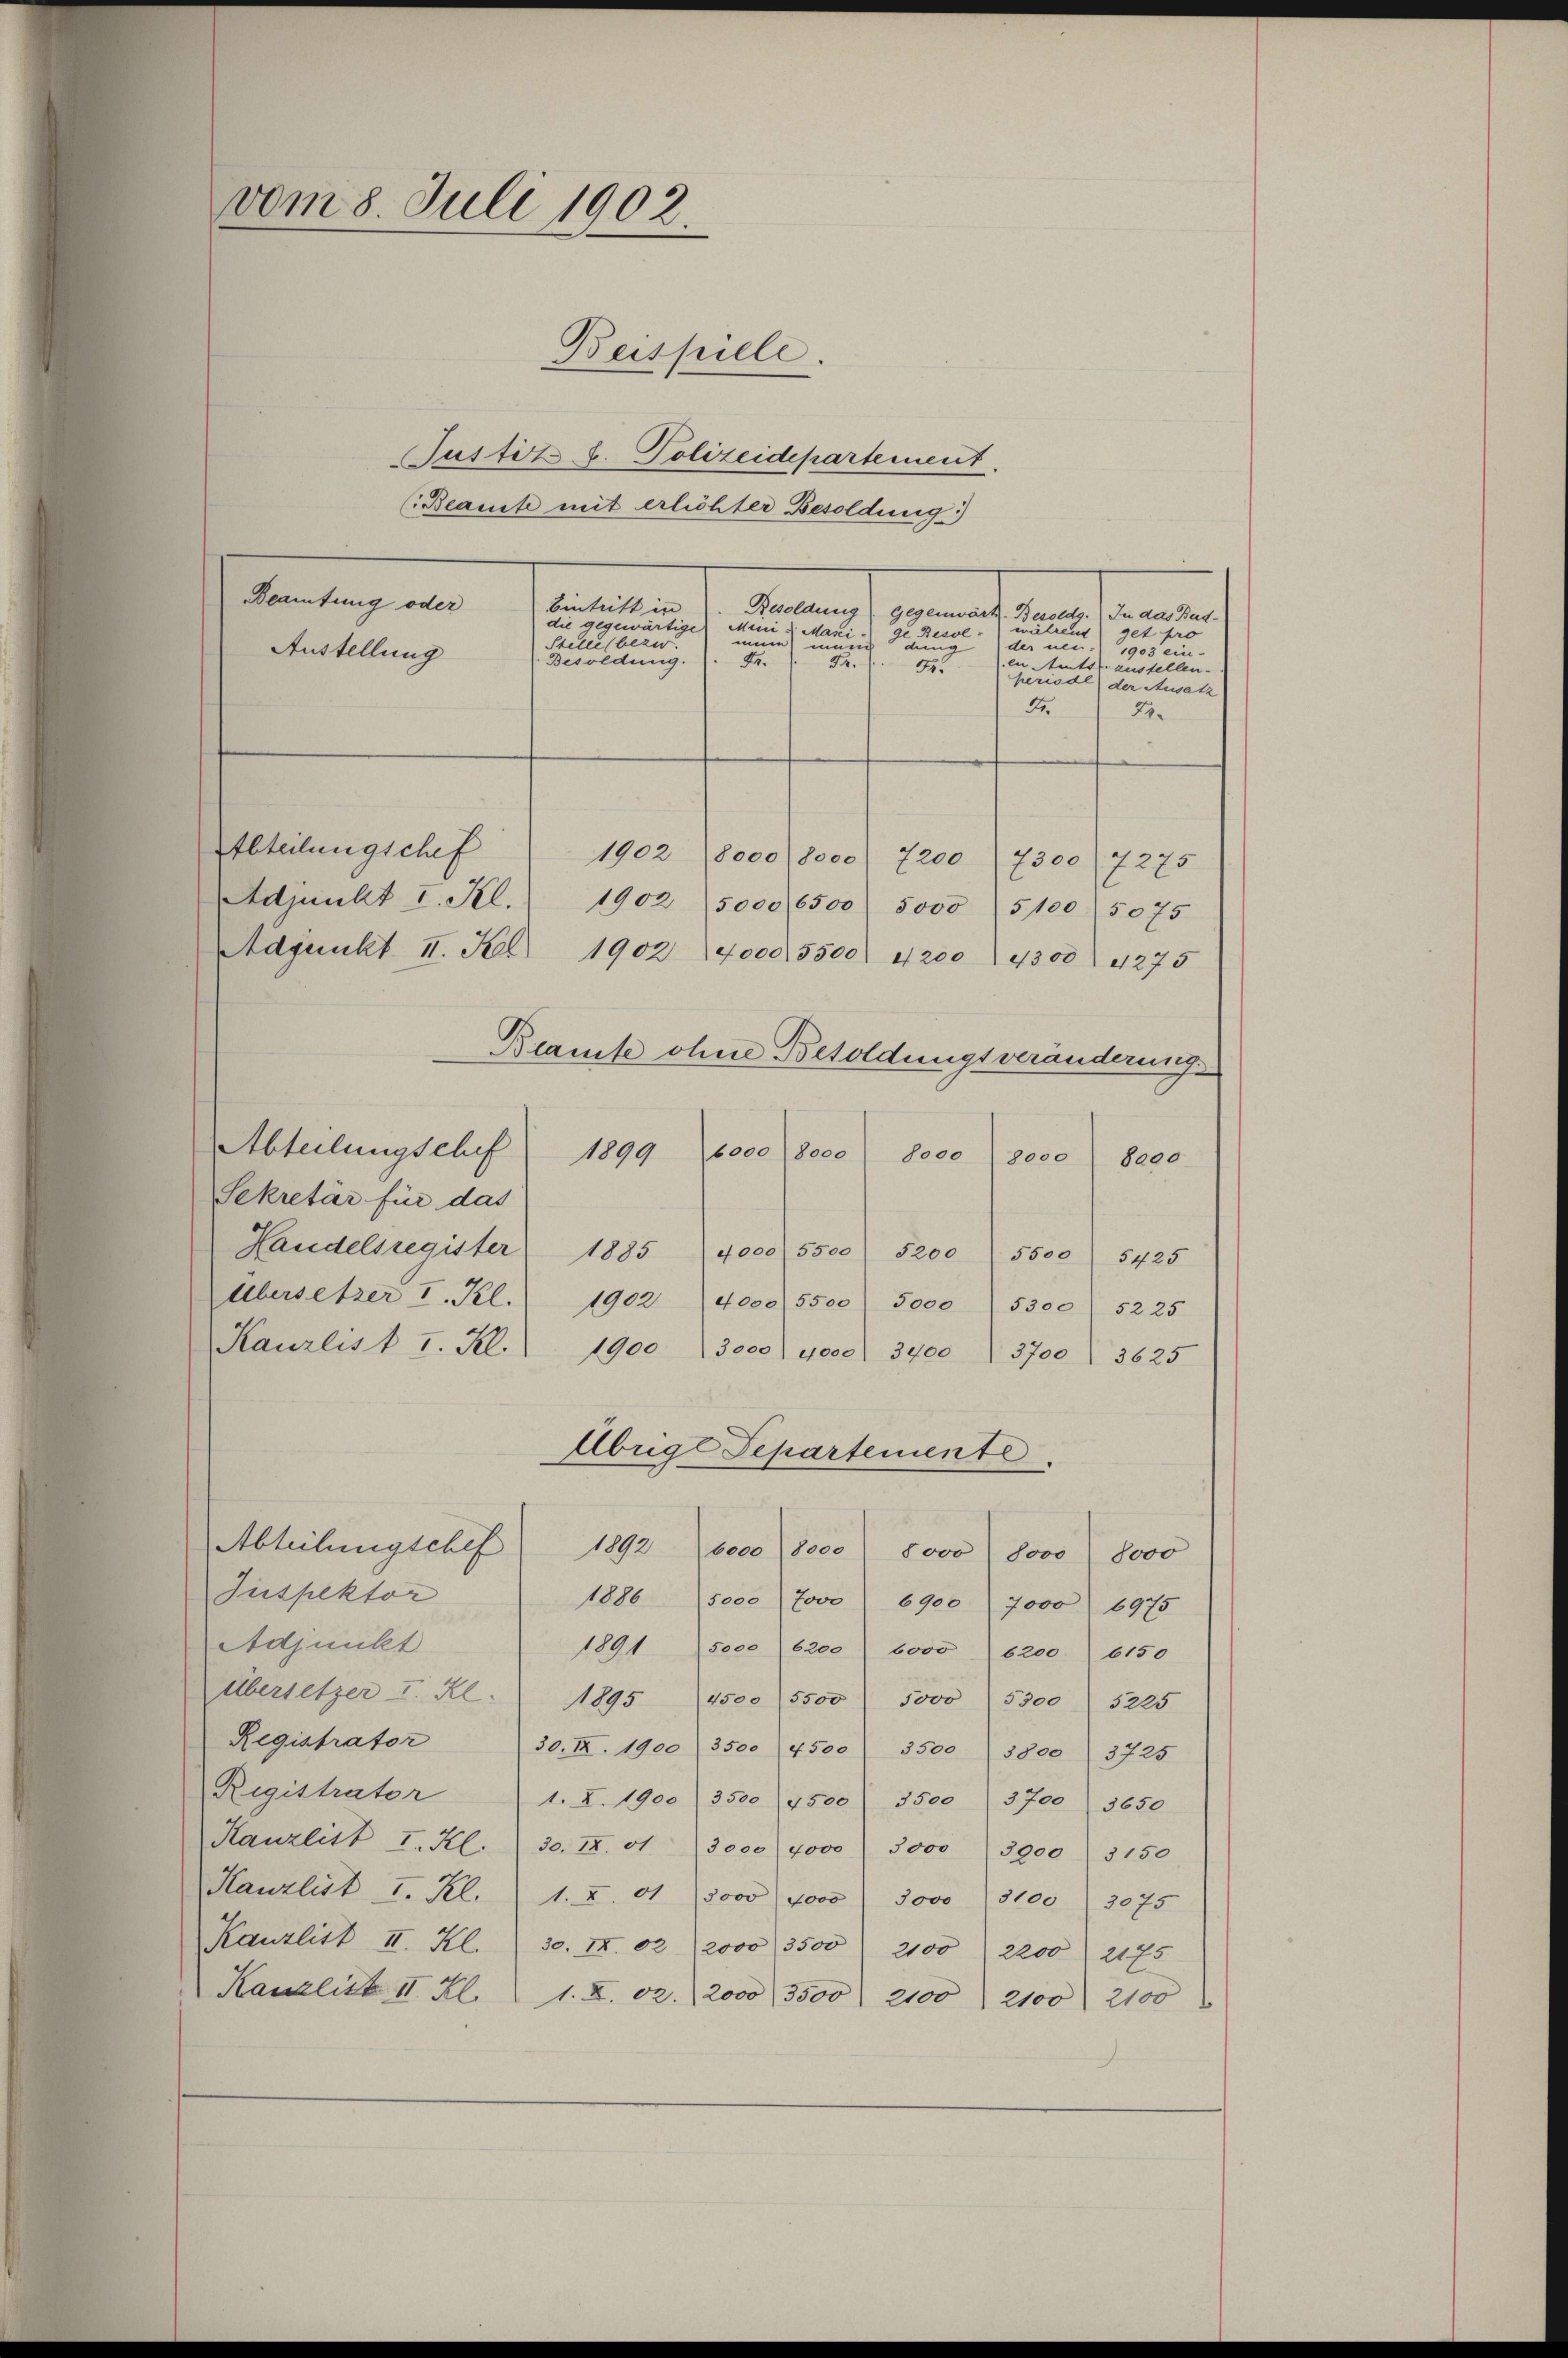
de Besse während get pro
dung der neu. 1903 ein-
en Amts zustellen.
periode der Ausatz
Fe
2.
Abteilungschef
1902 (8000 (8000) 7200) 7300 (7275
Adjunkt I. Kl.
1902 (5000, 6500 5000) 51005075
Adjunkt II. Feb. 1902 (4000. 5500. 4200. 4300. 4275
Beamte ohne Besoldungsveränderung
Abteilungschef 1899 6000 8000 8000 (8000 8000
Sekretär für das
Handelsregister 1885 4000 5500 5200 5500 5425
Übersetzer I. Kl. 1902 4000. 5500 5000
5300 f 52 25
Kanzlist I. Kl. 1900 3000. 4000. 3400 3700. 3625
Übrige Separtemente.
Abteilungschef 1892 6000 (8000 5000 sooo 8000
Inspektor
1886 5000 (Jovo 6900 (7000 6975
Adjunkt
1891 5000 (6200 (6000) 6200. 6150
Übersetzer u. Al. 1895 (1500 (5500 5000 (53005225
Registrator
30. II. 1900 (3500 (4500 ( 3500 (5800) 3725.
Registrator 1. I. 1900 (3500 (7500 f 3500
3700 3650
Kanzlist I. Kl. 30. II. 13000 (4000) 5000 (3900) 3150
Kanzlist I. Kl. 1. I. 41. 3000 (4000. 3000 (3100) 3075
Kanzlist II. Kl. 30. II. 02 2000, 3500 2100 " 2200 2175
Kanzlist II. Kl. 1. X. 02. 2000, 3500. 2100 2100. 2100

vom 8. Juli 1902.
Beispiele.
Justitz v. Polizeidepartement.
(Beamte mit erlichter Besoldung)
Beamtung oder
Eintritt in
Benach vernen und einen
die gegewärtige Mini- Masei
mine in
Stelle bezw.
Austellung
Besoldung.
Fr.
Fr.